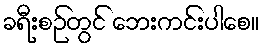
ခရီးစဉ်တွင် ဘေးကင်းပါစေ။